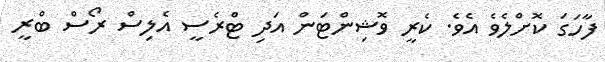
ފާހަގަ ކޮށްލެވެ އެވެ. ކެރީ ވޮޝިންޓަން އަދި ޓްރެސީ އެލިސް ރޯސް ބްރީ